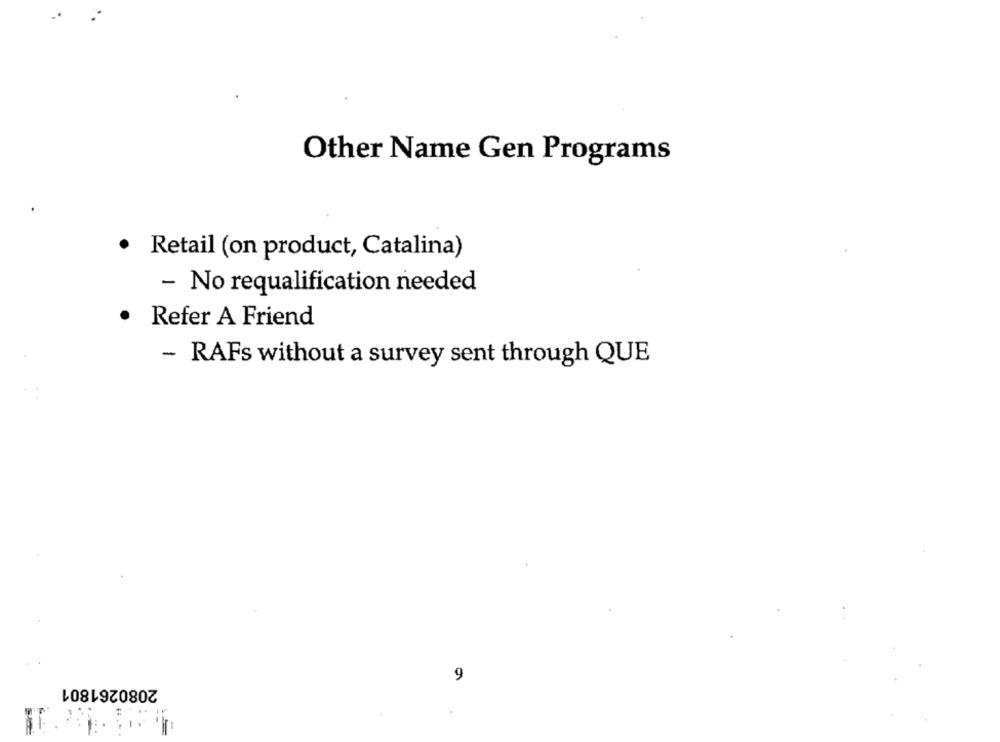
Other Name Gen Programs
.
Retail (on product, Catalina)
- No requalification needed
.
Refer A Friend
- RAFs without a survey sent through QUE
2080261801
9